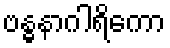
ဗန္ဓနာဂါရိကော